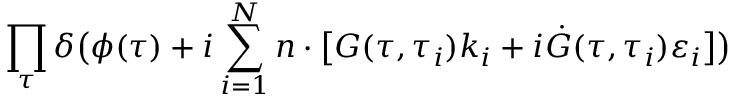
\prod _ { \tau } \delta \bigl ( \phi ( \tau ) + i \sum _ { i = 1 } ^ { N } n \cdot \bigl \lbrack G ( \tau , \tau _ { i } ) k _ { i } + i \dot { G } ( \tau , \tau _ { i } ) \varepsilon _ { i } \bigr \rbrack \bigr )